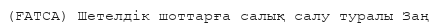
(FATCA) Шетелдік шоттарға салық салу туралы Заң